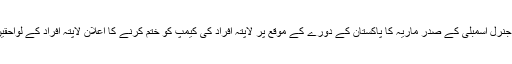
بیورغ رند لکھتے ہیں کہ اقوام متحدہ کے جنرل اسمبلی کے صدر ماریہ کا پاکستان کے دورے کے موقع پر لاپتہ افراد کی کیمپ کو ختم کرنے کا اعلان لاپتہ افراد کے لواحقین کے ساتھ سنگین مزاق کے مترادف ہیں۔